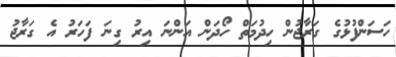
ހަސަންފުޅުގެ ގަރާޖުން ހިދުމަތް ހޯދަން އަންނަ އިރު ގިނަ ފަހަރު އެ ގަރާޖު